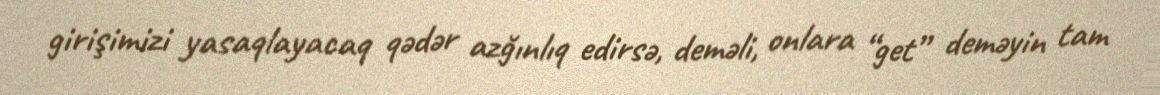
girişimizi yasaqlayacaq qədər azğınlıq edirsə, deməli, onlara “get” deməyin tam